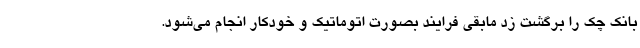
بانک چک را برگشت زد مابقی فرایند بصورت اتوماتیک و خودکار انجام می‌شود.